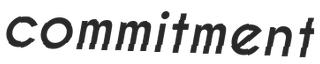
commitment